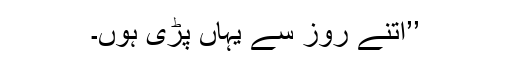
’’اتنے روز سے یہاں پڑی ہوں۔